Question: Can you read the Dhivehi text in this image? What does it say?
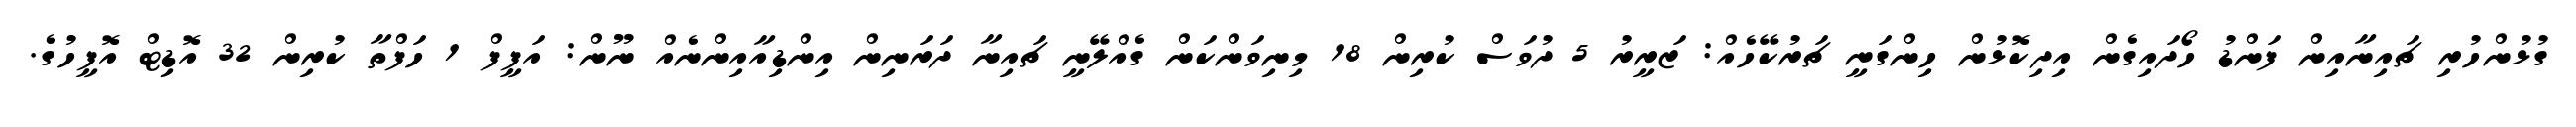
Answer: ގުޅުންހުރި ޗައިނާއިން ފަންޑު ހޯދައިގެން އިދިކޮޅުން ހިންގަނީ ޗަރުކޭހެއް: ޒަރީރު 5 ދުވަސް ކުރިން 18 މިނިވަންކަން ގެއްލޭނީ ޗައިނާ ދަރަނިން އިންޑިއާއިންނެއް ނޫން: އަފީފް 1 ހަފްތާ ކުރިން 32 އޮޑިޓް އޮފީހުގެ.